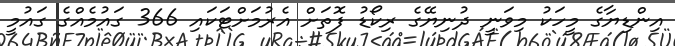
އިންޑިޔާގެ މީހަކު މިވަނީ ދުނިޔޭގެ ރިކޯޑު ފޮތަށް އެރުމަށްޓަކައި 366 ގައުމެއްގެ ގައުމީ